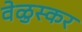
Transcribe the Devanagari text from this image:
वेळुस्कर